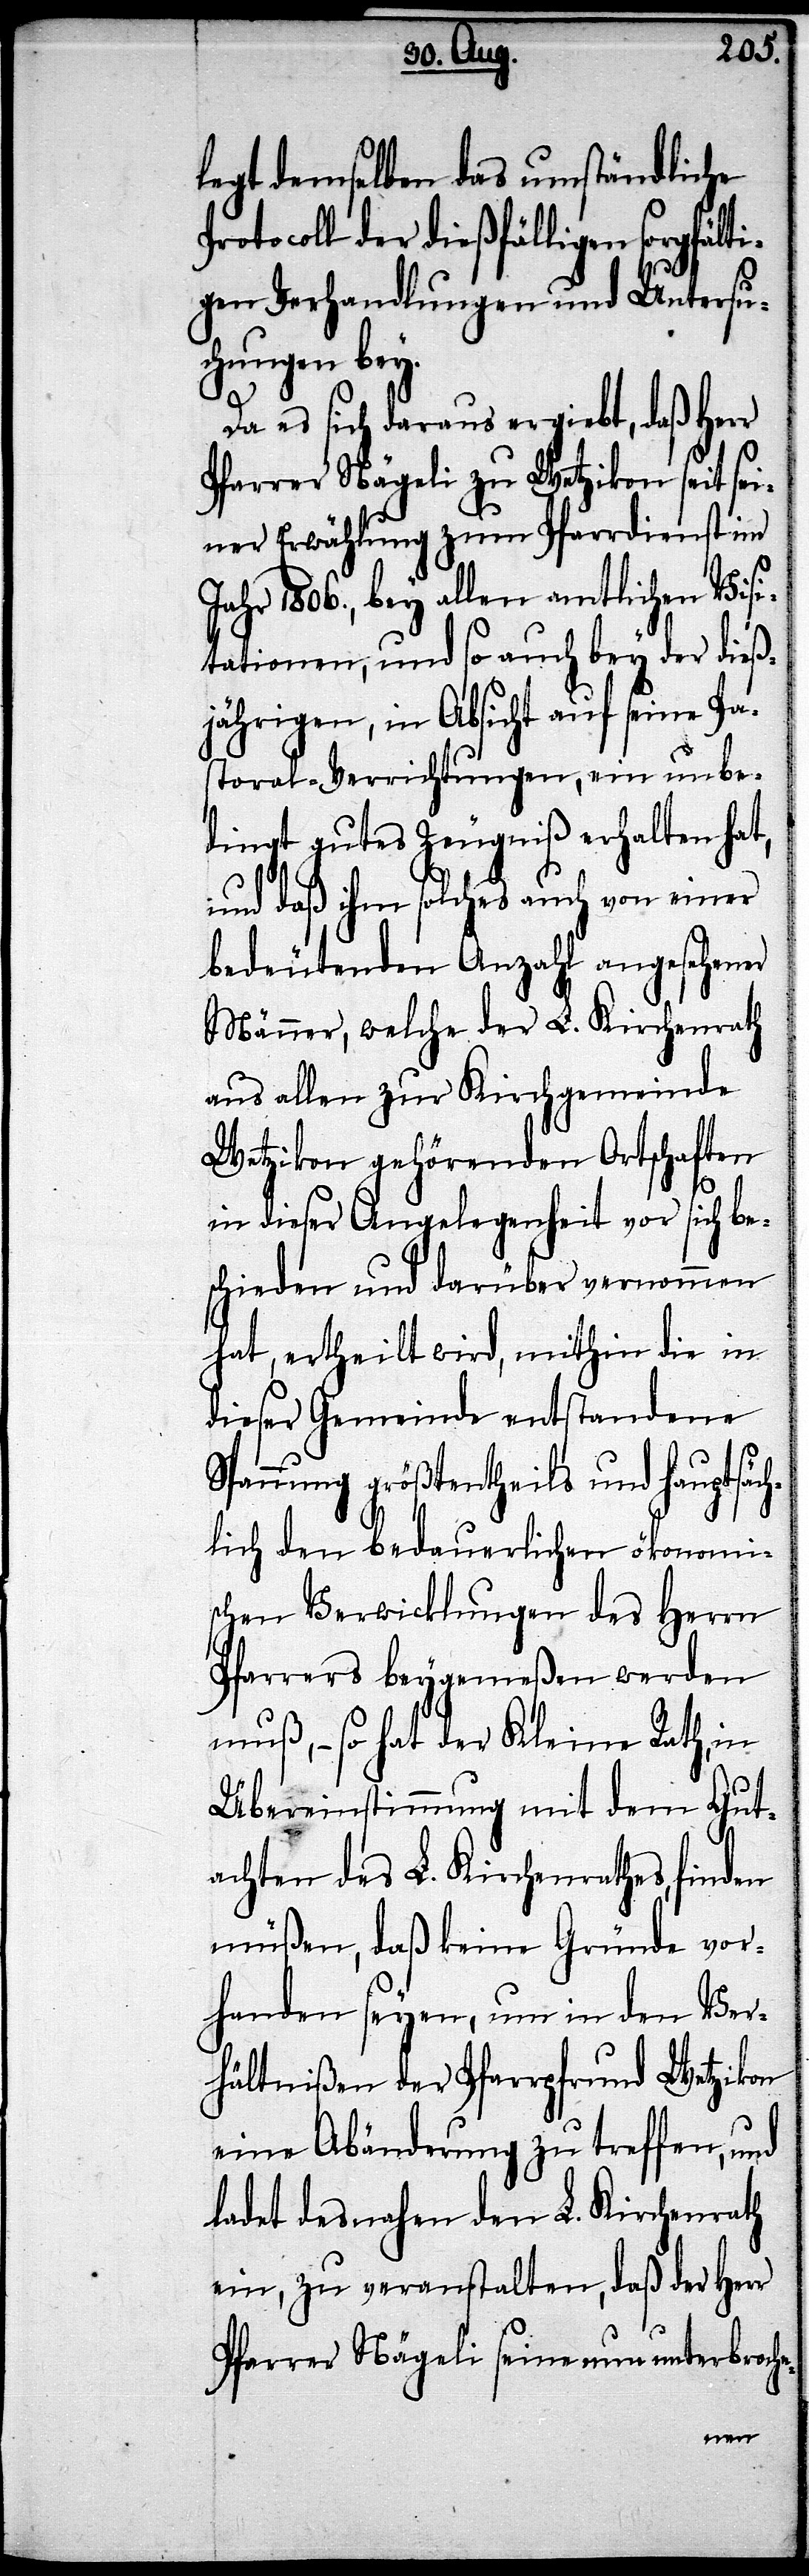
legt demselben das umständliche
der dießfälligen sorgfält¬
igen Verhandlungen und Untersu¬
chungen bey.
Da es sich daraus ergiebt, daß Herr
Pfarrer Nägeli zu Wetzikon seit sei¬
ner Erwählung zum Pfarrdienst im
Jahr 1806., bey allen amtlichen Visi¬
tationen, und so auch bey der dieß¬
jährigen, in Absicht auf seine Pa¬
storal-Verrichtungen, ein unbe¬
dingt gutes Zeugniß erhalten hat,
und daß ihm solches auch von einer
bedeutenden Anzahl angesehener
Männer, welche der L. Kirchenrath
aus allen zur Kirchgemeinde
Wetzikon gehörenden Ortschaften
in dieser Angelegenheit vor sich be¬
schieden und darüber vernommen
hat, ertheilt wird, mithin die in
dieser Gemeinde entstandene
Spannung größtentheils und hauptsäch¬
lich den bedauerlichen ökonomi¬
schen Verwicklungen des Herrn
Pfarrers beygemeßen werden
muß, – so hat der Kleine Rath, in
Übereinstimmung mit dem Gut¬
achten des L. Kirchenrathes, finden
müßen, daß keine Gründe vor¬
handen seyen, um in den Ver¬
hältnißen der Pfarrpfrund Wetzikon
eine Abänderung zu treffen, und
ladet desnahen den L. Kirchenrath
ein, zu veranstalten, daß der Herr
Pfarrer Nägeli seine nun unterbroche-